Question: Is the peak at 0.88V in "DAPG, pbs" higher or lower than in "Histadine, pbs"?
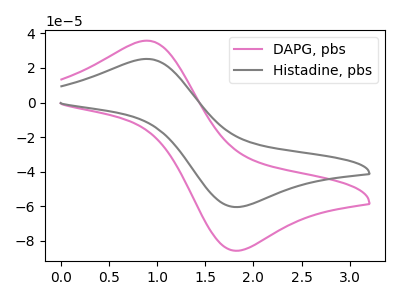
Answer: <think>The pink curve "DAPG, pbs" has an anodic peak at (0.90V, 35.80uA) and a cathodic peak at (1.85V, -85.60uA). The gray curve "Histadine, pbs" has an anodic peak at (0.90V, 25.20uA) and a cathodic peak at (1.85V, -60.35uA).</think>
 <answer>The peak at 0.88V is higher in "DAPG, pbs" than in "Histadine, pbs".</answer>
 <eval>higher</eval>